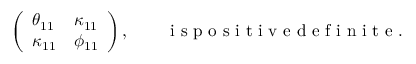
\begin{array} { r } { \left( \begin{array} { l l } { \theta _ { 1 1 } } & { \kappa _ { 1 1 } } \\ { \kappa _ { 1 1 } } & { \phi _ { 1 1 } } \end{array} \right) , \qquad \mathrm { ~ i ~ s ~ p ~ o ~ s ~ i ~ t ~ i ~ v ~ e ~ d ~ e ~ f ~ i ~ n ~ i ~ t ~ e ~ } . } \end{array}